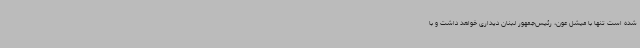
شده است تنها با میشل عون، رئیس‌جمهور لبنان دیداری خواهد داشت و با